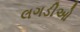
લગડીઓ